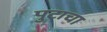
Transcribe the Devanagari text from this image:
पुटाचा